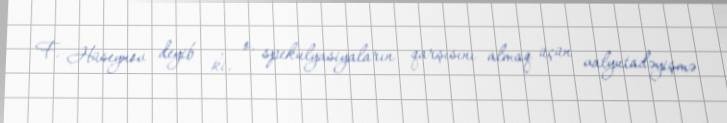
F. Hüseynov deyib ki, o, spekulyasiyaların qarşısını almaq üçün valyutadəyişmə